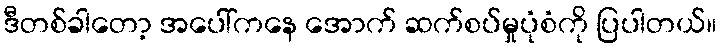
ဒီတစ်ခါတော့ အပေါ်ကနေ အောက် ဆက်စပ်မှုပုံစံကို ပြပါတယ်။